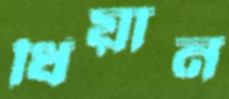
ধিয়ান